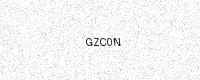
Text: GZC0N